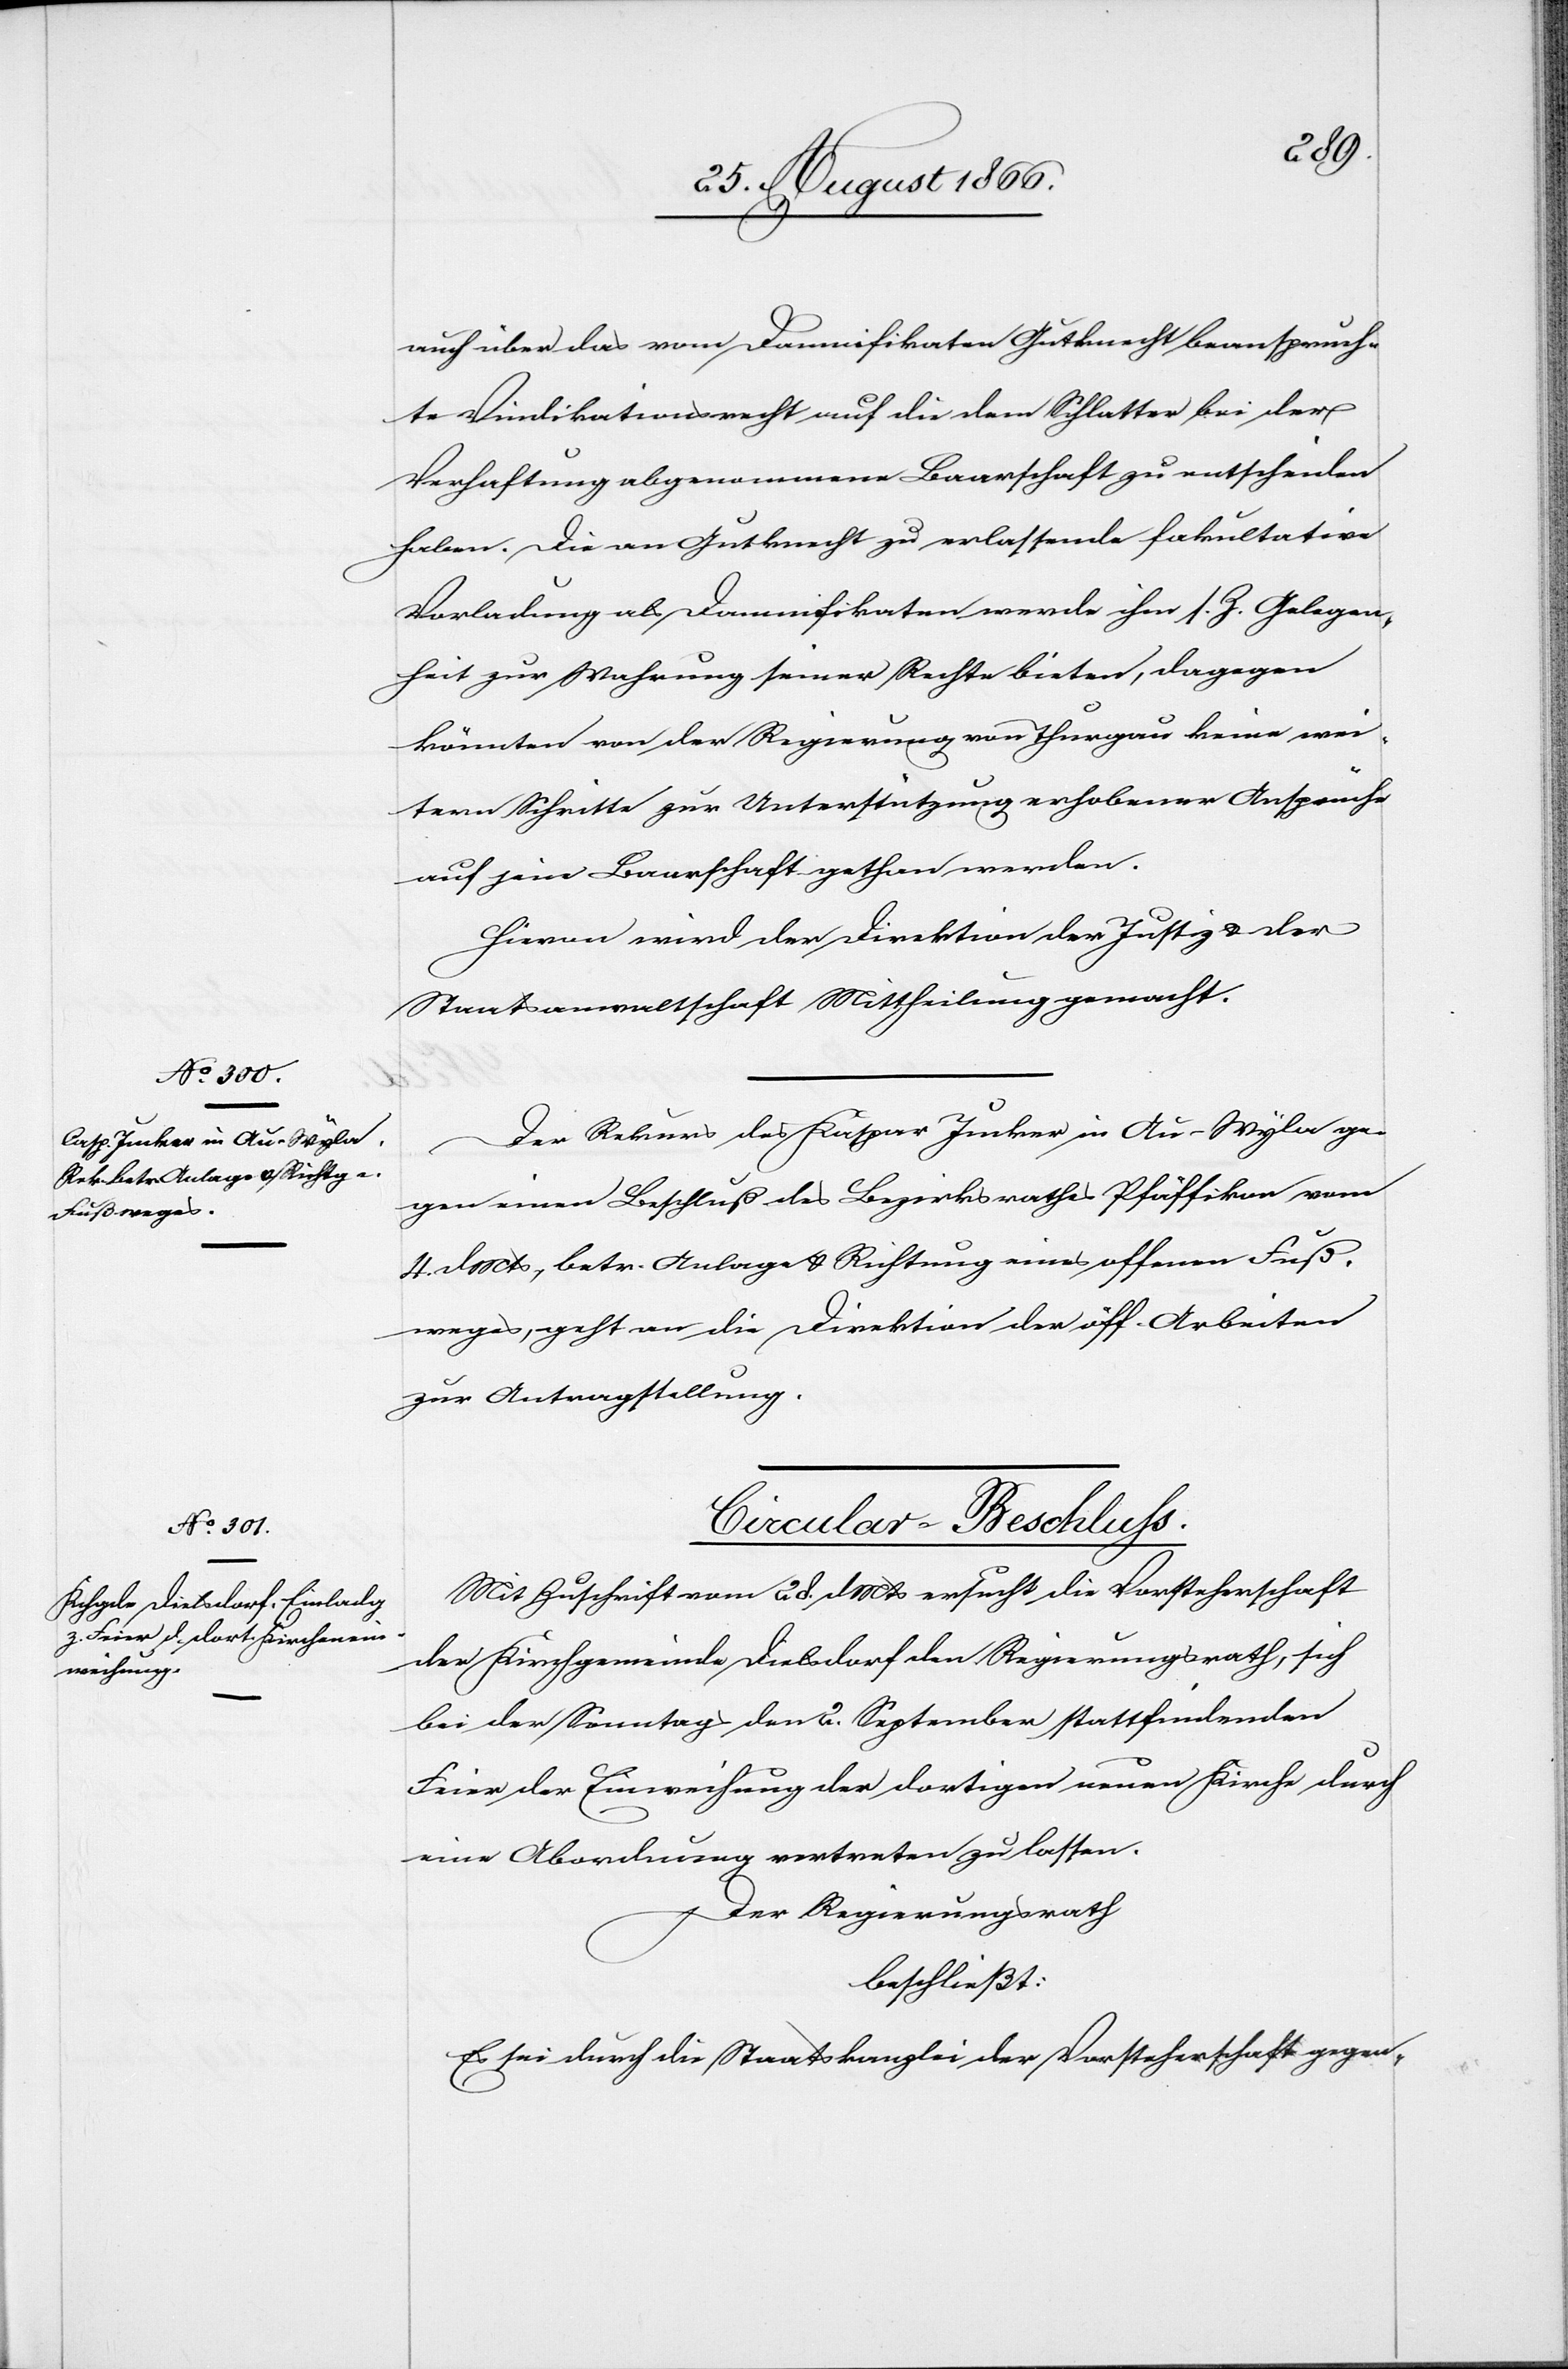
[20. August 1866.]
auch über das vom Damnifikaten Gutknecht beanspruch¬
te Vindikationsrecht auf die dem Schlatter bei der
Verhaftung abgenommene Baarschaft zu entscheiden
haben. Die an Gutknecht zu erlassende fakultative
Vorladung als Damnifikaten werde ihm s. Z. Gelegen¬
heit zur Wahrung seiner Rechte bieten, dagegen
könnten von der Regierung von Thurgau keine wei¬
tern Schritte zur Unterstützung erhobener Ansprüche
auf jene Baarschaft gethan werden.
Hievon wird der Direktion der Justiz u. der
Staatsanwaltschaft Mittheilung gemacht.
Der Rekurs des Kaspar Jucker in Au-Wyla ge¬
gen einen Beschluß des Bezirksrathes Pfäffikon vom
4. dMts, betr. Anlage u. Richtung eines offenen Fuß¬
weges, geht an die Direktion der öff. Arbeiten
zur Antragstellung.
Cirkular-Beschluß.
Mit Zuschrift vom 28. dMts ersucht die Vorsteherschaft
der Kirchgemeinde Dielsdorf den Regierungsrath, sich
bei der Sonntags den 2. September stattfindenden
Feier der Einweihung der dortigen neuen Kirche durch
eine Abordnung vertreten zu lassen.
Der Regierungsrath
beschließt:
Es sei durch die Staatskanzlei der Vorsteherschaft gegen-